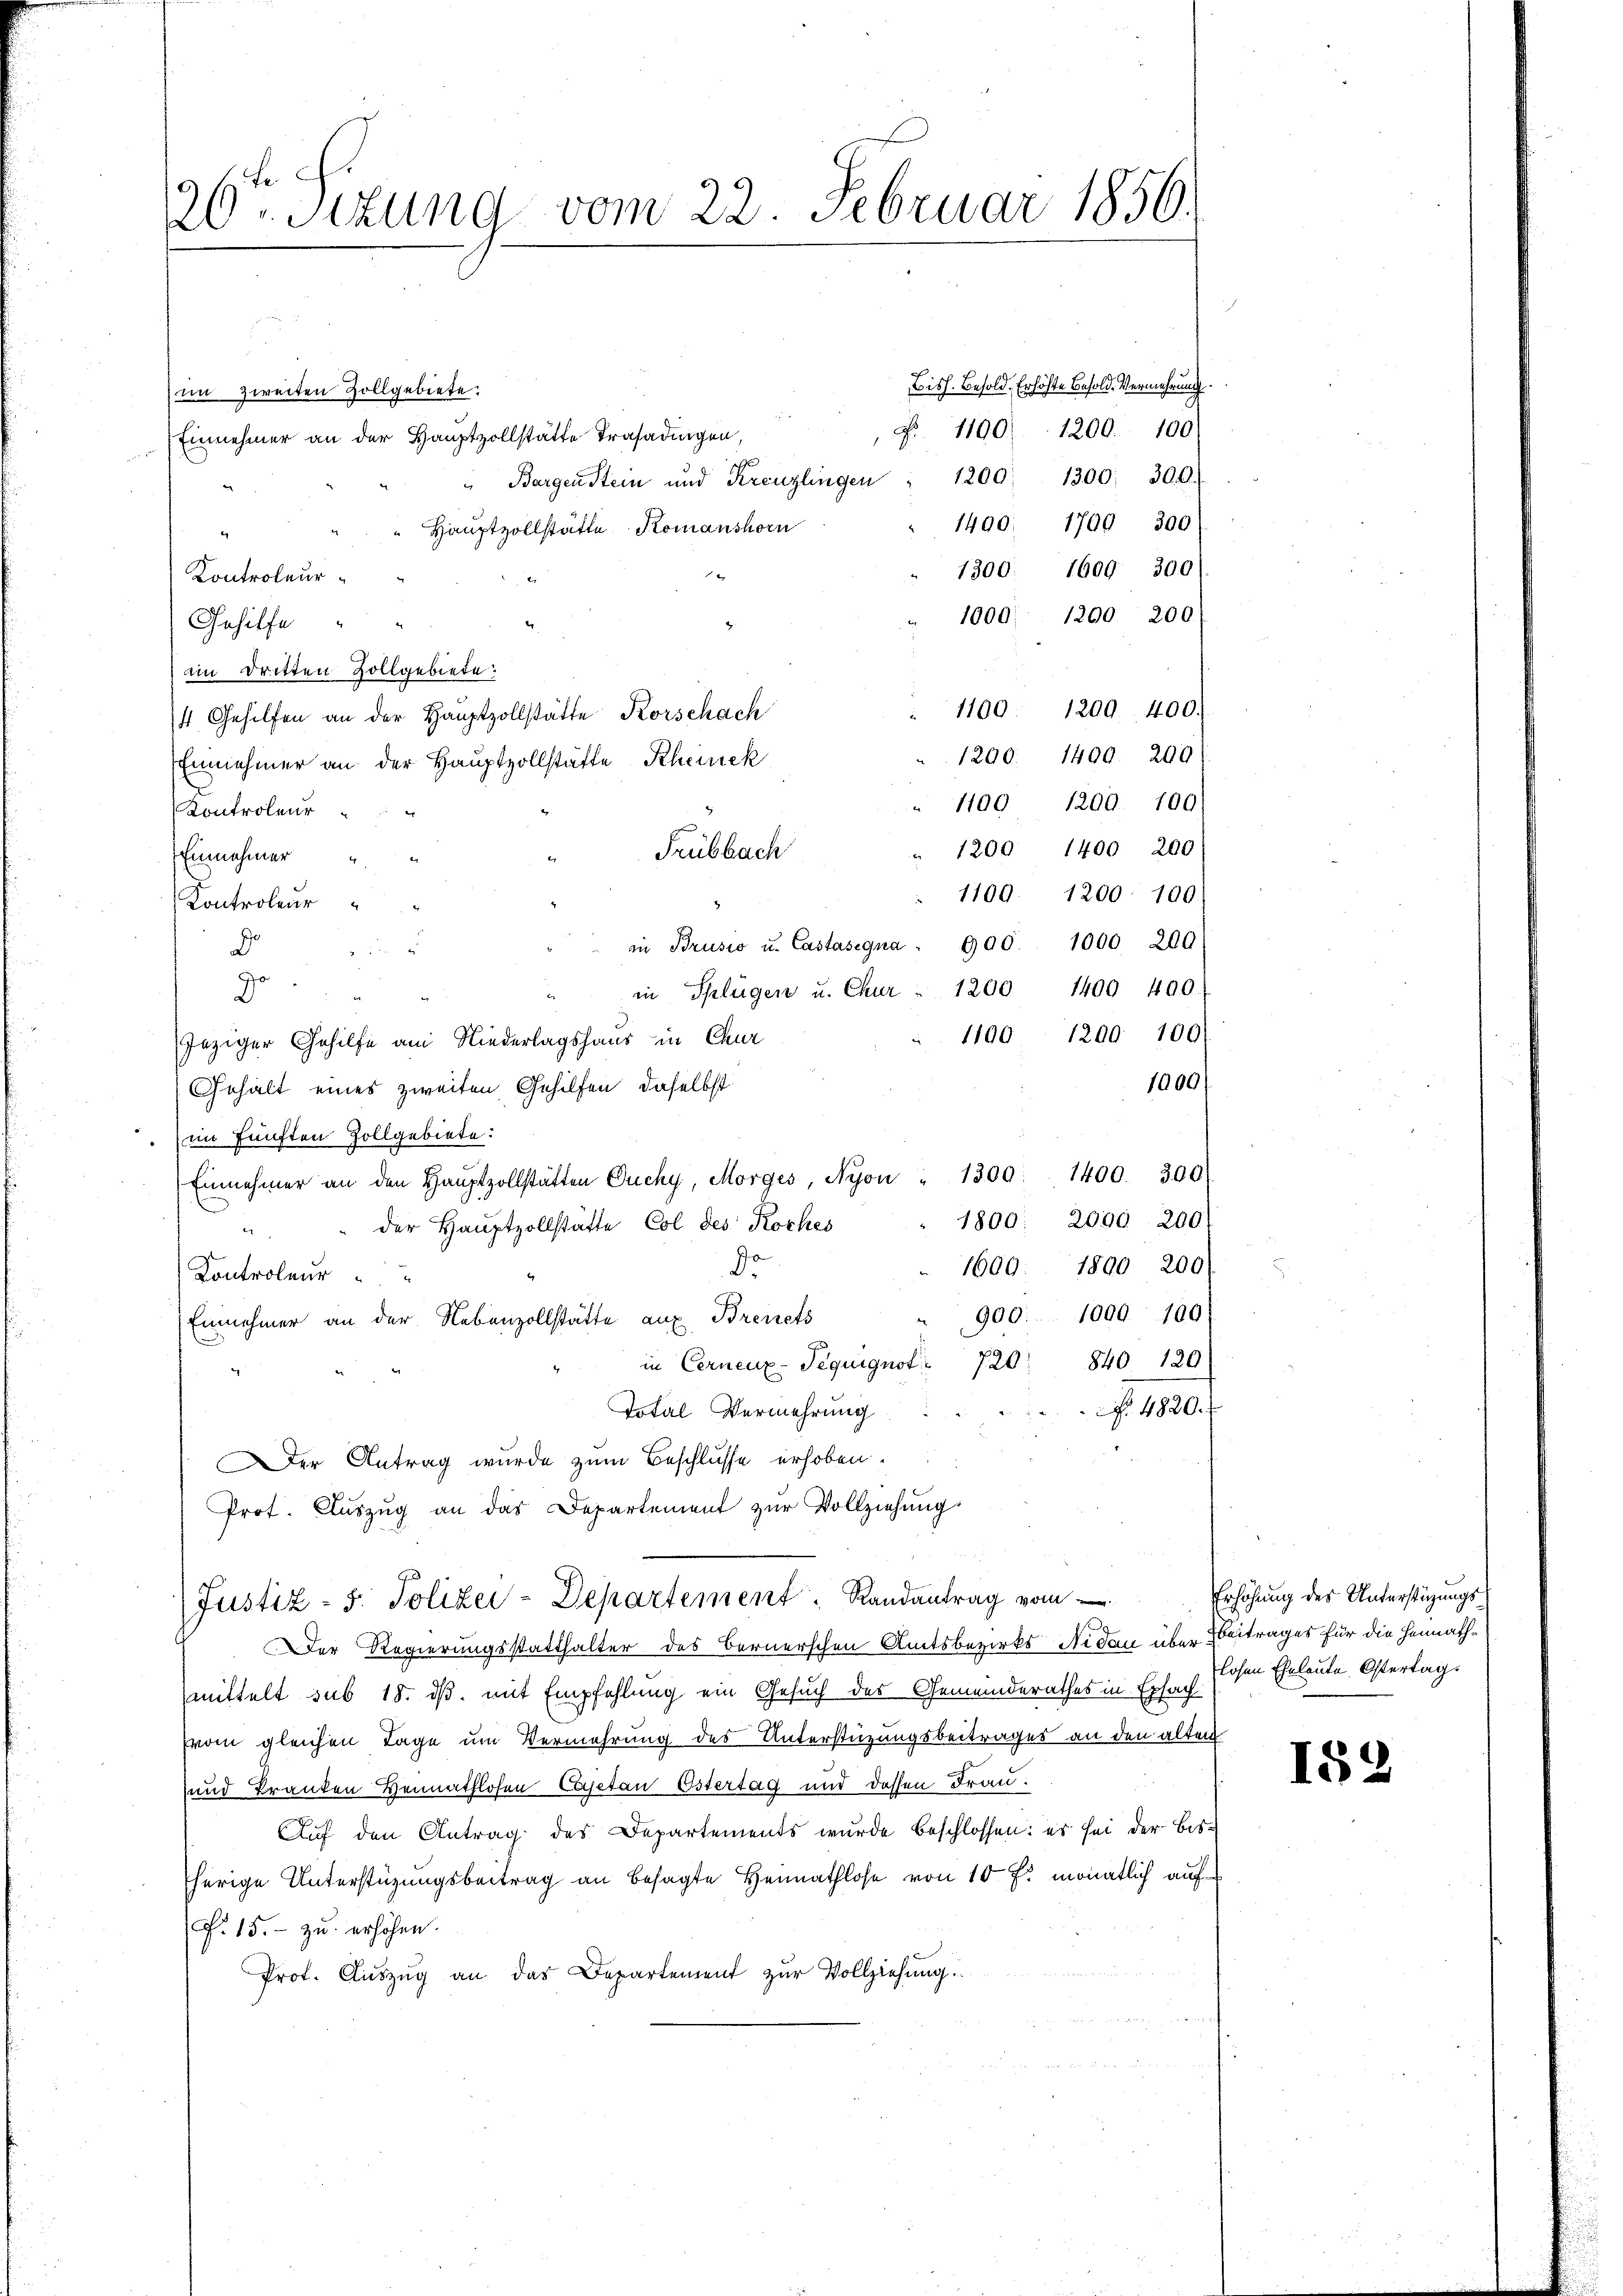
20. Sizung vom 22. Februar 1856.

Bish. Besold. Erhöhte Besold. Vermehrung.
im zweiten Zollgebiete.
N 1190. 1200. 100)
Einnehmer an der Hauptzollstätte Trasadingen,
" Bargenstein und Kreuzlingen " 1200. 1300. 300.
1400. 1700 300
" Hauptzollstätte Komanshorn
1300. 1609 300)
Kontroleur
x
1000. 1200 200
Gehilfe
im Dritten Zollgebiete.
1190: 1200. 400.
 Gehilfen an der Hauptzollstätte Korschach
1290. 1400 200
Einnehmer an der Hauptvollstätte Rheinek
" 1100 1200. 109)
Kontroleur
1200 1400 200
Frübbach
Einnehmer
1100. 1200. 100
Kontroleur
in Brusio u. Castasegna " 990. 1000. 200
.
o
in Splügen u. Chur - 1200 1400 400
1190, 1200. 100)
Inziger Gehilfe am Niederlagshaus in Chur
1000
Gehalt eines zweiten Gehilfen, daselbst
(im fünften Zollgebiete:
Einnehmer an den Haŭptzollstätten Duchy, Morges, Nyon " 1300. 1400. 300
1800. 2000 200
der Hauptzollstätte Col des Roches
Dr
1600. 1800 200)
Controleur
900: 1000 100)
Einnehmer an der Nebenzollstätte auf Brevets
840 120
in Cernenz-Teguignot 720
f. 1830.
Total Vermehrung
Der Antrag wurde zum Beschlusse erhoben.
Prot. Auszug an das Departement zur Vollziehung
Justiz - 5. Polizei-Departement Randantrag vom
Der Regierungsstatthalter des Bernerschen Amtsbezirks-Nidau über Beitrages für die Heimathmittelt sub 18. ds. mit Empfehlung ein Gesuch des Gemeinderathes in Exsach
vom gleichen Tage um Vermehrung des Unterstüzungsbeitrages an den alten
und Tranken Heimathlosen Cajetan Östertag und dessen Frau¬
Auf den Antrag des Departements wurde beschlossen: es sei der bissherige Unterstüzungsbeitrag an besagte Heimathlose von 10 f. monatlich auf
(. 15. - zu erhöhen.
Prot. Aŭszŭg an das Departement zŭr Vollziehung.

Erhöhung des Unterstigungslosen Eheleute Ostertag.

189